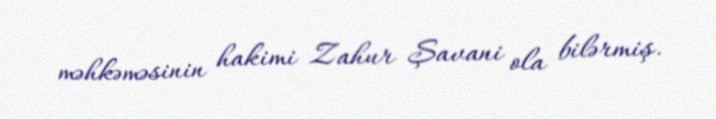
məhkəməsinin hakimi Zahur Şavani ola bilərmiş.